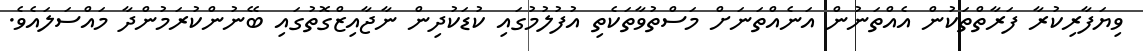
ވިޔަފާރިކުރާ ފަރާތްތަކުން އެއްތަނުން އަނެއްތަނަށް މަސްތުވާތަކެތި އުފުލުމުގައި ކުޑަކުދިން ނާޖާއިޒްގޮތުގައި ބޭނުންކުރަމުންދާ މައްސަލައެވެ.